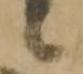
候